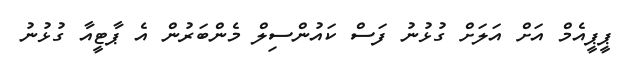
ޕީޕީއެމް އަށް އަލަށް ގުޅުނު ފަސް ކައުންސިލް މެންބަރުން އެ ޕާޓީއާ ގުޅުނު